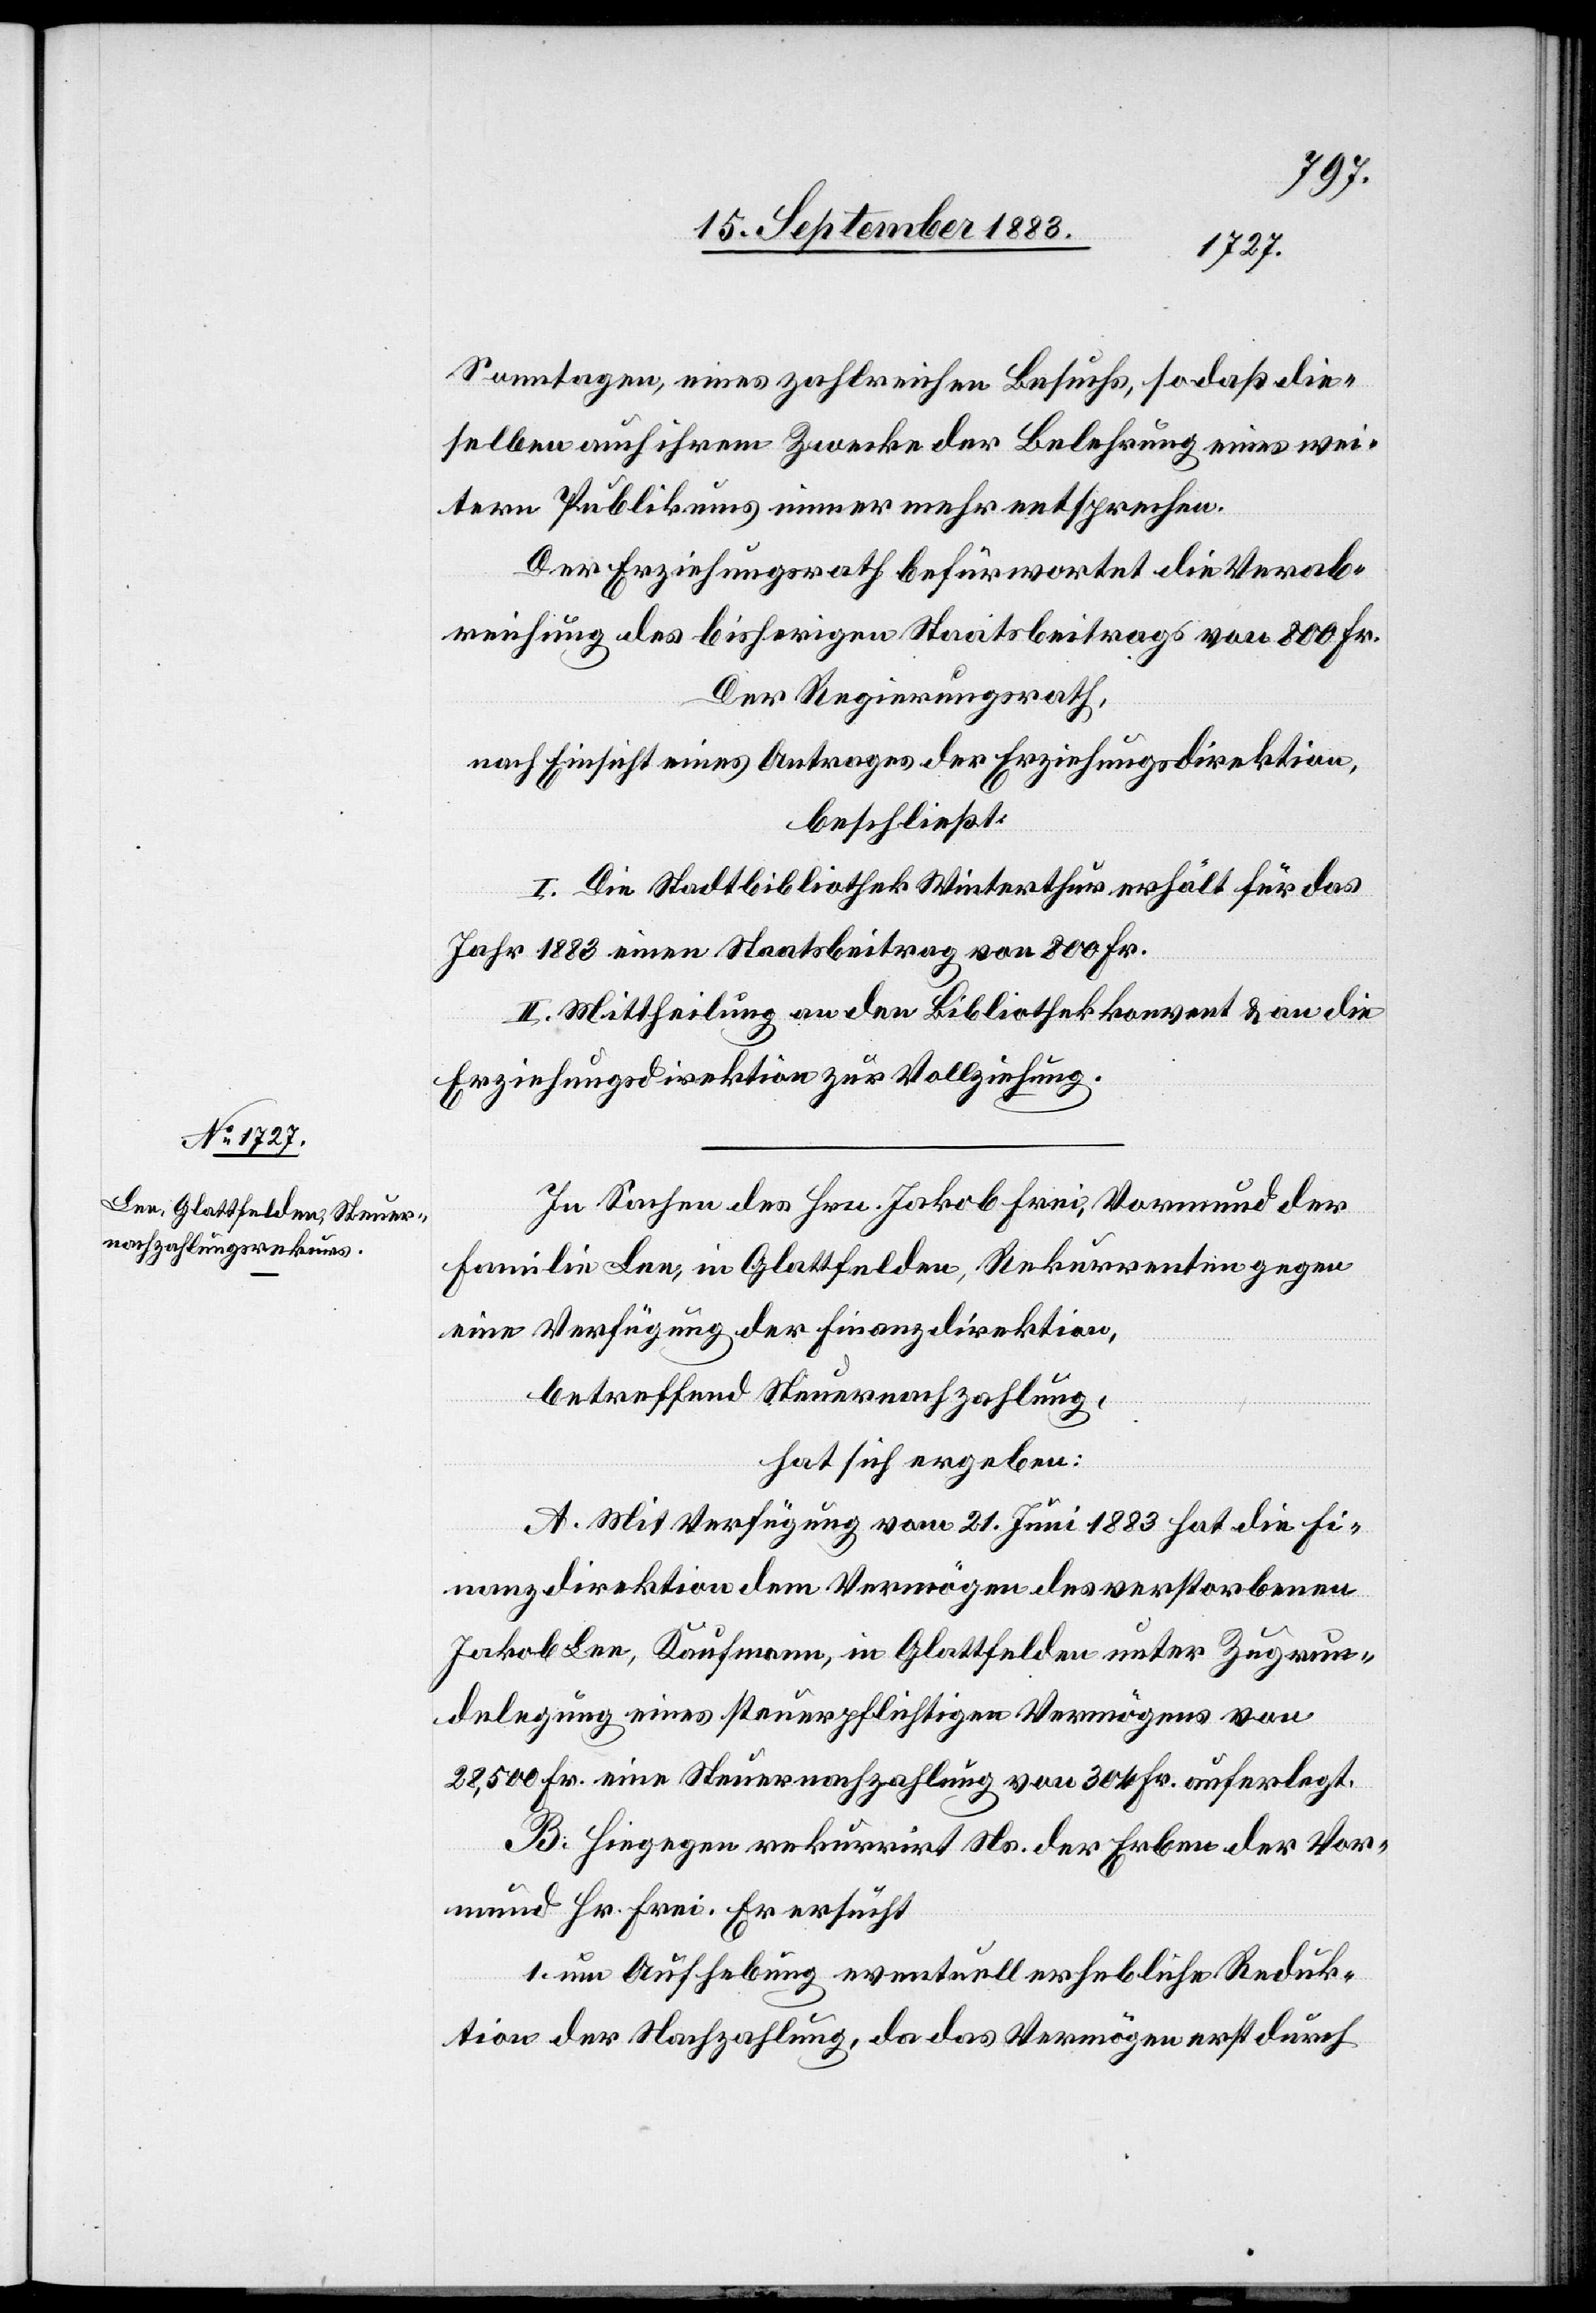
Sonntagen, eines zahlreichen Besuchs, so daß die¬
selben auch ihrem Zweck der Belehrung eines wei¬
tern Publikums immer mehr entsprechen.
Der Regierungsrath,
nach Einsicht eines Antrages der Erziehungsdirektion,
beschließt:
I. Die Stadtbibliothek Winterthur erhält für das
Jahr 1883 einen Staatsbeitrag von 800 Fr.
II. Mittheilung an den Bibliothekkonvent & an die
Erziehungsdirektion zur Vollziehung.
In Sachen des Hrn. Jakob Frei, Vormund der
Familie Lee, in Glattfelden, Rekurrenten gegen
eine Verfügung der Finanzdirektion,
betreffend Steuernachzahlung,
hat sich ergeben:
A. Mit Verfügung vom 21. Juni 1883 hat die Fi¬
nanzdirektion dem Vermögen des verstorbenen
Jakob Lee, Kaufmann, in Glattfelden unter Zugrun¬
delegung eines steuerpflichtigen Vermögens von
28,500 Fr. eine Steuernachzahlung von 304 Fr. auferlegt.
B. Hiegegen rekurrirt Ns. der Erben der Vor¬
mund Hr. Frei. Er ersucht
1. um Aufhebung eventuell erhebliche Reduk¬
tion der Nachzahlung, da das Vermögen erst durch